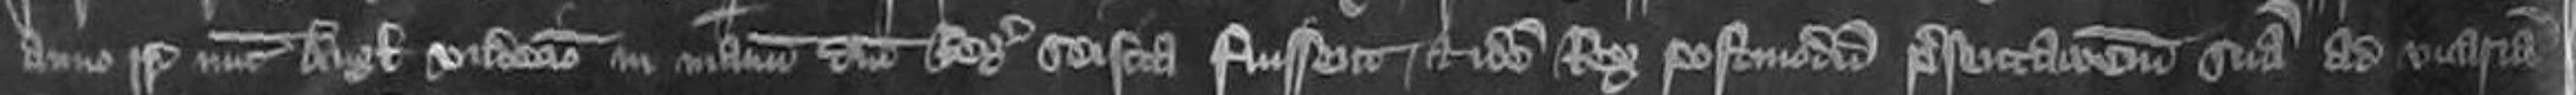
anno regni Regis nunc Anglie undecimo in manum domini Regis seisita fuissent et idem Rex postmodum presentationem suam ad vicariam